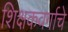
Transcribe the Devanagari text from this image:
शिक्षकवर्गाचे